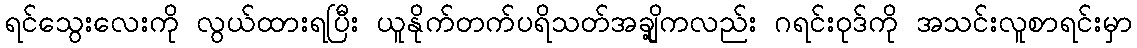
ရင်သွေးလေးကို လွယ်ထားရပြီး ယူနိုက်တက်ပရိသတ်အချို့ကလည်း ဂရင်းဝုဒ်ကို အသင်းလူစာရင်းမှာ